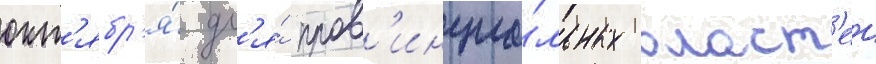
окт'ябр'я́ дл'я́ пров'инциа́льных власт'еи